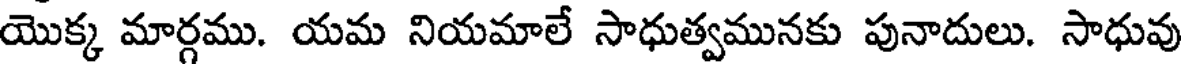
యొక్క మార్గము. యమ నియమాలే సాధుత్వమునకు పునాదులు. సాధువు